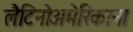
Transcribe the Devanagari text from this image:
लैटिनोअमेरिकाना